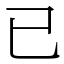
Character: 已